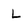
Character: L